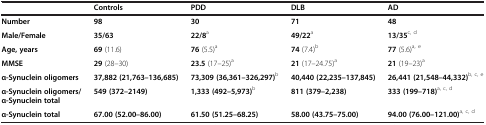
<table><thead><tr><td><b> </b></td><td><b>Controls</b></td><td><b>PDD</b></td><td><b>DLB</b></td><td><b>AD</b></td></tr></thead><tbody><tr><td><b>Number</b></td><td><b>98</b></td><td><b>30</b></td><td><b>71</b></td><td><b>48</b></td></tr><tr><td><b>Male/Female</b></td><td><b>35/63</b></td><td><b>22/8</b><sup>a</sup></td><td><b>49/22</b><sup>a</sup></td><td><b>13/35</b><sup>c, d</sup></td></tr><tr><td><b>Age, years</b></td><td><b>69</b> (11.6)</td><td><b>76</b> (5.5)<sup>a</sup></td><td><b>74</b> (7.4)<sup>b</sup></td><td><b>77</b> (5.6)<sup>a, e</sup></td></tr><tr><td><b>MMSE</b></td><td><b>29</b> (28–30)</td><td><b>23.5</b> (17–25)<sup>a</sup></td><td><b>21</b> (17–24.75)<sup>a</sup></td><td><b>21</b> (19–23)<sup>a</sup></td></tr><tr><td><b>α-Synuclein oligomers</b></td><td><b>37,882 (21,763–136,685)</b></td><td><b>73,309 (36,361–326,297)</b><sup>b</sup></td><td><b>40,440 (22,235–137,845)</b></td><td><b>26,441 (21,548–44,332)</b><sup>b, c, e</sup></td></tr><tr><td><b>α-Synuclein oligomers/α-Synuclein total</b></td><td><b>549 (372–2149)</b></td><td><b>1,333 (492–5,973)</b><sup>b</sup></td><td><b>811 (379–2,238)</b></td><td><b>333 (199–718)</b><sup>a, c, d</sup></td></tr><tr><td><b>α-Synuclein total</b></td><td><b>67.00 (52.00–86.00)</b></td><td><b>61.50 (51.25–68.25)</b></td><td><b>58.00 (43.75–75.00)</b></td><td><b>94.00 (76.00–121.00)</b><sup>a, c, d</sup></td></tr></tbody></table>